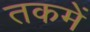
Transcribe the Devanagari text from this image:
तकमें